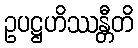
ဥပဋ္ဌဟိဿန္တီတိ